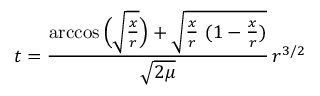
t = { \frac { \operatorname { a r c c o s } { \Big ( } { \sqrt { \frac { x } { r } } } { \Big ) } + { \sqrt { { \frac { x } { r } } \ ( 1 - { \frac { x } { r } } ) } } } { \sqrt { 2 \mu } } } \, r ^ { 3 / 2 }